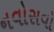
નવોસવો